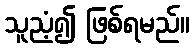
သူညံ့၍ ဖြစ်ရမည်။